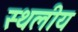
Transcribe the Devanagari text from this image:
स्‍थलीय